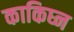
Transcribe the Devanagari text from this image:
काकिघ्न